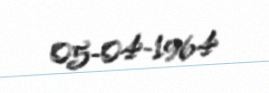
05-04-1964